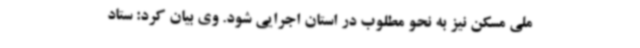
ملی مسکن نیز به نحو مطلوب در استان اجرایی شود. وی بیان کرد: ستاد